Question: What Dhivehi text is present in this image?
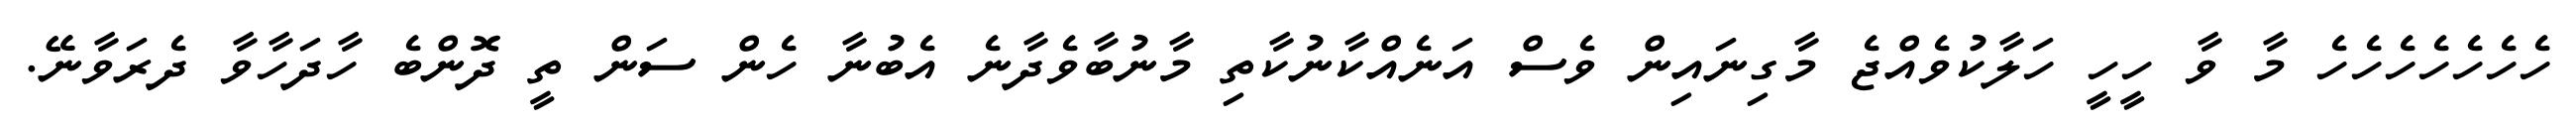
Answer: ހެހެހެހެހެހެހެ މާ ވާ ހީހީ ހަލާކުވެއްޖެ މާގިނައިން ވެސް އަނެއްކާނުކާތި މާނުބާވެދާނެ އެބުނާ ހެން ސަން ތީ ދޮންބެ ހާދަހާވާ ދެރަވާނޭ.